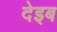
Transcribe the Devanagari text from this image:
देइब